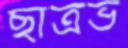
ছাত্রভ